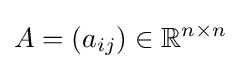
A=(a_{ij})\in \mathbb {R} ^{n\times n}